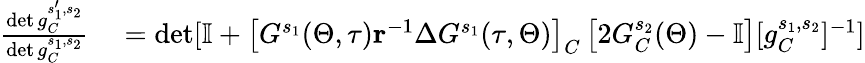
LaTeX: \begin{array}{rl}{\frac{\operatorname*{det}g_{C}^{s_{1}^{\prime},s_{2}}}{\operatorname*{det}g_{C}^{s_{1},s_{2}}}}&{{}=\operatorname*{det}[\mathbb{I}+\left[G^{s_{1}}(\Theta,\tau)\mathbf{r}^{-1}\Delta G^{s_{1}}(\tau,\Theta)\right]_{C}\left[2G_{C}^{s_{2}}(\Theta)-\mathbb{I}\right][g_{C}^{s_{1},s_{2}}]^{-1}]}\end{array}